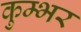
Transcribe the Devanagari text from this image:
कुम्भर